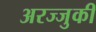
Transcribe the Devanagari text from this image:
अरज्जुकी